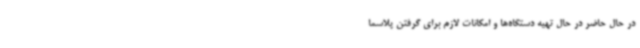
در حال حاضر در حال تهیه دستگاه‌ها و امکانات لازم برای گرفتن پلاسما